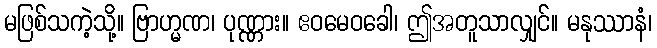
မဖြစ်သကဲ့သို့။ ဗြာဟ္မဏ၊ ပုဏ္ဏား။ ဧဝမေဝခေါ၊ ဤအတူသာလျှင်။ မနုဿာနံ၊